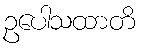
ဥပေါသထာတိ